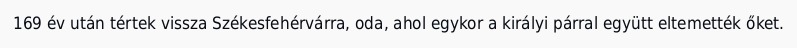
169 év után tértek vissza Székesfehérvárra, oda, ahol egykor a királyi párral együtt eltemették őket.